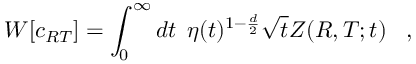
W [ c _ { R T } ] = \int _ { 0 } ^ { \infty } d t \; \, \eta ( t ) ^ { 1 - { \frac { d } { 2 } } } \sqrt { t } Z ( R , T ; t ) \; \; \; ,